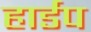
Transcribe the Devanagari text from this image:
हार्डप